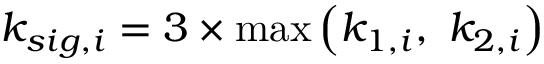
k _ { s i g , i } = 3 \times \operatorname* { m a x } \left( k _ { 1 , i } , ~ k _ { 2 , i } \right)